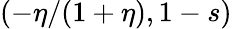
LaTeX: (-\eta/(1+\eta),1-s)